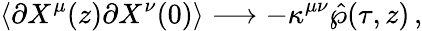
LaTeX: \left<\partial X^{\mu}(z)\partial X^{\nu}(0)\right>\longrightarrow-\kappa^{\mu\nu}\hat{\wp}(\tau,z)\, ,